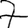
Digit: 7